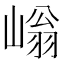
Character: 𡻐